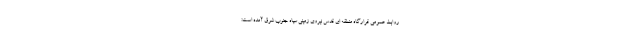
روابط عمومی قرارگاه منطقه ای قدس نیروی زمینی سپاه جنوب شرق آمده است: